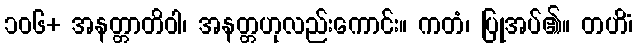
၁၀၆+ အနတ္တာတိဝါ၊ အနတ္တဟုလည်းကောင်း။ ကတံ၊ ပြုအပ်၏။ တဟိံ၊